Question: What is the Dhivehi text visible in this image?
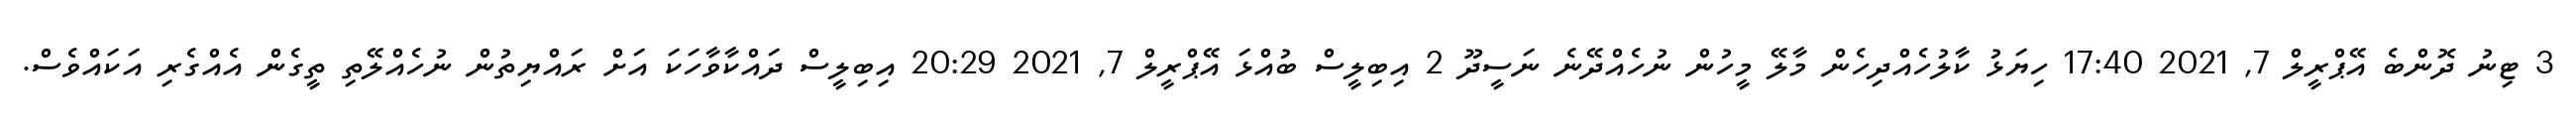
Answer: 3 ޓިނު ދޮންބެ އޭޕްރީލް 7, 2021 17:40 ހިޔަޅު ކާލުހެއްދިހެން މާލޭ މީހުން ނުހެއްދޭނެ ނަސީދޫ 2 އިބިލީސް ބުއްޅަ އޭޕްރީލް 7, 2021 20:29 އިބިލީސް ދައްކާވާހަކަ އަށް ރައްޔިތުން ނުހެއްލޭތި ތީގެން އެއްގެރި އަކައްވެސް.